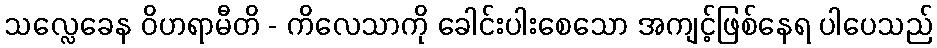
သလ္လေခေန ဝိဟရာမီတိ - ကိလေသာကို ခေါင်းပါးစေသော အကျင့်ဖြစ်နေရ ပါပေသည်